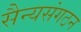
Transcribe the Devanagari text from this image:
सैन्यसंगठन